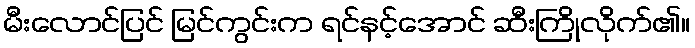
မီးလောင်ပြင် မြင်ကွင်းက ရင်နင့်အောင် ဆီးကြိုလိုက်၏။